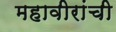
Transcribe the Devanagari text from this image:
महावीरांची